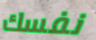
نفسك